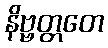
နိဗ္ဗတ္တတေ